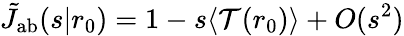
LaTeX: \tilde{J}_{\mathrm{{ab}}}(s|r_{0})=1-s\langle\mathcal{T}(r_{0})\rangle+O(s^{2})